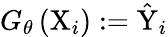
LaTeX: G_{\theta}\left(\mathrm{X}_{i}\right):=\hat{\mathrm{Y}}_{i}